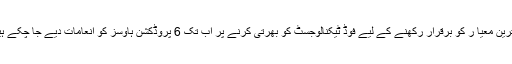
بہترین معیا ر کو برقرار رکھنے کے لیے فوڈ ٹیکنالوجسٹ کو بھرتی کرنے پر اب تک 6 پروڈکشن ہاوسز کو انعامات دیے جا چکے ہیں۔